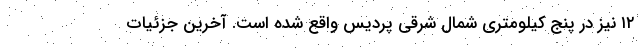
۱۲ نیز در پنج کیلومتری شمال شرقی پردیس واقع شده است. آخرین جزئیات